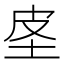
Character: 𰉤